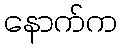
နောက်က